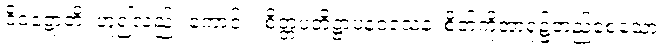
ဝိဝဋ္ဋောတိ၊ ဟူ၍လည်း ကောင်း။ စိတ္တပတိဋ္ဌာပနဝသေန၊ စိတ်ကိုအာရုံ၌တည်စေသော